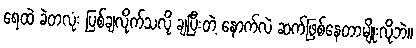
ရေထဲ ခဲတလုံး ပြစ်ချလိုက်သလို ချပြီးတဲ့ နောက်လဲ ဆက်ဖြစ်နေတာမျိုးလိုဘဲ။